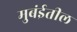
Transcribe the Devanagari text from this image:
मुबंईतील